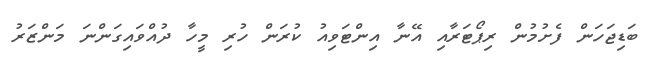
ބަޑިޖަހަން ފެށުމުން ރިޕޯޓަރާއި އޭނާ އިންޓަވިއު ކުރަން ހުރި މީހާ ދުއްވައިގަންނަ މަންޒަރު